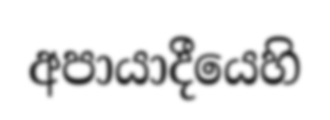
අපායාදීයෙහි